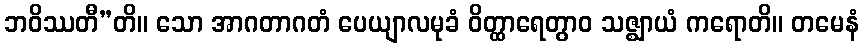
ဘဝိဿတီ”တိ။ သော အာဂတာဂတံ ပေယျာလမုခံ ဝိတ္ထာရေတွာဝ သဇ္ဈာယံ ကရောတိ။ တမေနံ